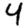
Digit: 4